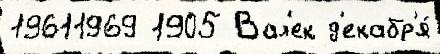
19611969 1905 Вал'ек д'екабр'я́